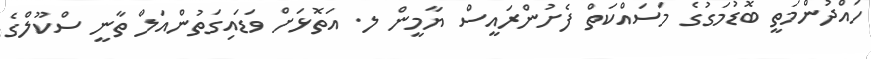
ހައްދުންމަތީ ބޮޑުމަގުގެ މަސައްކަތް ފެށުންރައީސް ޔާމީން ލ. އަތޮޅަށް ވަޑައިގަތުންއަލް ތާނީ ސްކޫލްގެ